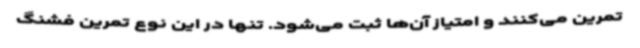
تمرین می‌کنند و امتیاز آن‌ها ثبت می‌شود. تنها در این نوع تمرین فشنگ